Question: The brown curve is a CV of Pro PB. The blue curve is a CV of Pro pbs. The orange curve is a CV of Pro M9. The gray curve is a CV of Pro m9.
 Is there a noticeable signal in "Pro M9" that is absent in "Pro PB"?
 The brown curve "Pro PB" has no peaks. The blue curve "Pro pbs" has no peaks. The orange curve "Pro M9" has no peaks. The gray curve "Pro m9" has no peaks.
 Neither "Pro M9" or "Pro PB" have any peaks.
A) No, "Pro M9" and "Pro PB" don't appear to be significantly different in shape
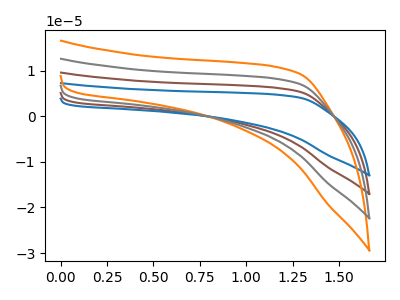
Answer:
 <answer>A) No, "Pro M9" and "Pro PB" don't appear to be significantly different in shape</answer>
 <eval>A</eval>